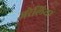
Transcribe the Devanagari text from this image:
जरेलिया